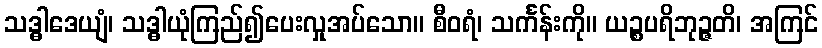
သဒ္ဓါဒေယျံ၊ သဒ္ဓါယုံကြည်၍ပေးလှုအပ်သော။ စီဝရံ၊ သင်္ကန်းကို။ ယဉ္စပရိဘုဉ္ဇတိ၊ အကြင်